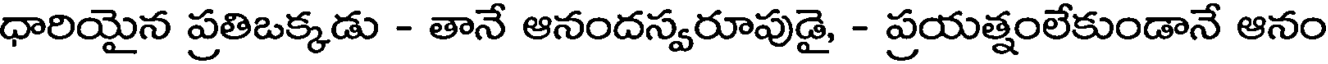
ధారియైన ప్రతిఒక్కడు - తానే ఆనందస్వరూపుడై, - ప్రయత్నంలేకుండానే ఆనం